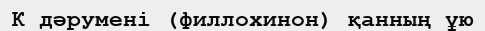
К дәруменi (филлохинон) қанның ұю